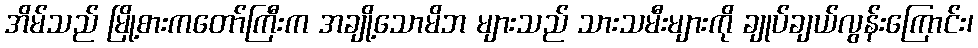
အိမ်သည် မြို့စားကတော်ကြီးက အချို့သောမိဘ များသည် သားသမီးများကို ချုပ်ချယ်လွန်းကြောင်း၊